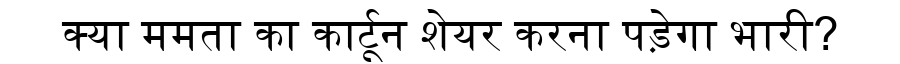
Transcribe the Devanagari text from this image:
क्या ममता का कार्टून शेयर करना पड़ेगा भारी?